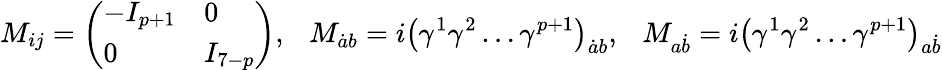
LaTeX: M_{ij}=\left(\begin{array}{ll}{{-I_{p+1}}}&{{0}}\\ {{0}}&{{I_{7-p}}}\end{array}\right),\ \ \ M_{\dot{a}b}=i\left(\gamma^{1}\gamma^{2}\dots\gamma^{p+1}\right)_{\dot{a}b},\ \ \ M_{a\dot{b}}=i\left(\gamma^{1}\gamma^{2}\dots\gamma^{p+1}\right)_{a\dot{b}}